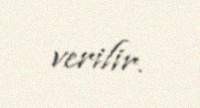
verilir.